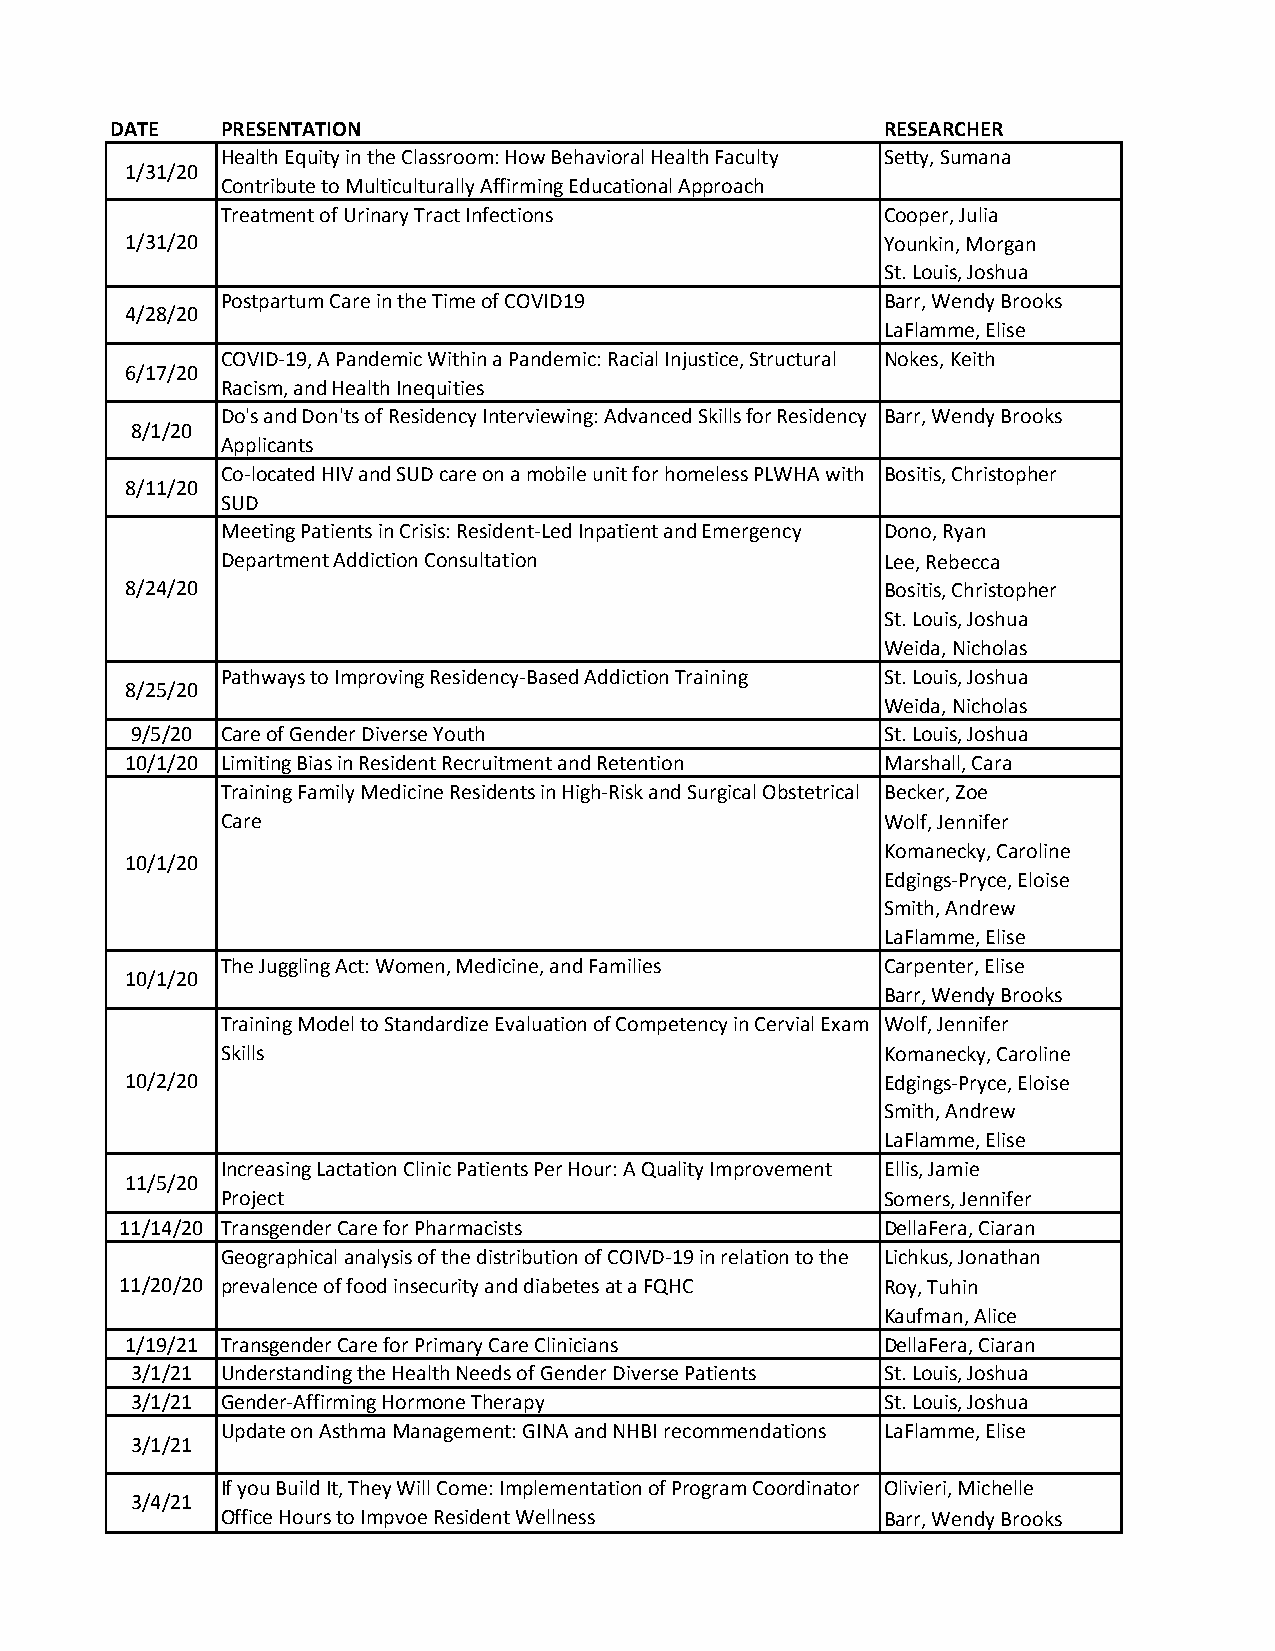
DATE    PRESENTATION                                RESEARCHER
 Health Equity in the Classroom: How Behavioral Health Faculty Setty, Sumana
 1/31/20
 Contribute to Multiculturally Affirming Educational Approach
 Treatment of Urinary Tract Infections       Cooper, Julia
 1/31/20                                            Younkin, Morgan
 St. Louis, Joshua
 Postpartum Care in the Time of COVID19      Barr, Wendy Brooks
 4/28/20
 LaFlamme, Elise
 COVID-19, A Pandemic Within a Pandemic: Racial Injustice, Structural Nokes, Keith
 6/17/20
 Racism, and Health Inequities
 Do's and Don'ts of Residency Interviewing: Advanced Skills for Residency Barr, Wendy Brooks
 8/1/20
 Applicants
 Co-located HIV and SUD care on a mobile unit for homeless PLWHA with Bositis, Christopher
 8/11/20
 SUD
 Meeting Patients in Crisis: Resident-Led Inpatient and Emergency Dono, Ryan
 Department Addiction Consultation           Lee, Rebecca
 8/24/20                                            Bositis, Christopher
 St. Louis, Joshua
 Weida, Nicholas
 Pathways to Improving Residency-Based Addiction Training St. Louis, Joshua
 8/25/20
 Weida, Nicholas
 9/5/20 Care of Gender Diverse Youth               St. Louis, Joshua
 10/1/20 Limiting Bias in Resident Recruitment and Retention Marshall, Cara
 Training Family Medicine Residents in High-Risk and Surgical Obstetrical Becker, Zoe
 Care                                        Wolf, Jennifer
 Komanecky, Caroline
 10/1/20
 Edgings-Pryce, Eloise
 Smith, Andrew
 LaFlamme, Elise
 The Juggling Act: Women, Medicine, and Families Carpenter, Elise
 10/1/20
 Barr, Wendy Brooks
 Training Model to Standardize Evaluation of Competency in Cervial Exam Wolf, Jennifer
 Skills                                      Komanecky, Caroline
 10/2/20                                            Edgings-Pryce, Eloise
 Smith, Andrew
 LaFlamme, Elise
 Increasing Lactation Clinic Patients Per Hour: A Quality Improvement Ellis, Jamie
 11/5/20
 Project                                     Somers, Jennifer
 11/14/20 Transgender Care for Pharmacists          DellaFera, Ciaran
 Geographical analysis of the distribution of COIVD-19 in relation to the Lichkus, Jonathan
 11/20/20 prevalence of food insecurity and diabetes at a FQHC Roy, Tuhin
 Kaufman, Alice
 1/19/21 Transgender Care for Primary Care Clinicians DellaFera, Ciaran
 3/1/21 Understanding the Health Needs of Gender Diverse Patients St. Louis, Joshua
 3/1/21 Gender-Affirming Hormone Therapy           St. Louis, Joshua
 Update on Asthma Management: GINA and NHBI recommendations LaFlamme, Elise
 3/1/21
 If you Build It, They Will Come: Implementation of Program Coordinator Olivieri, Michelle
 3/4/21
 Office Hours to Impvoe Resident Wellness    Barr, Wendy Brooks